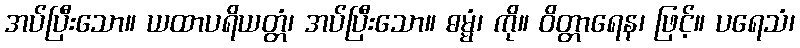
အပ်ပြီးသော။ ယထာပရိယတ္တံ၊ အပ်ပြီးသော။ ဓမ္မံ၊ ကို။ ဝိတ္တာရေန၊ ဖြင့်။ ပရေသံ၊